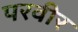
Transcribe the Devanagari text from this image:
परवीर